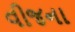
વીજના